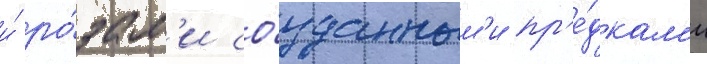
и́ ро́зам'и со́зданным'и пр'е́дкам'и